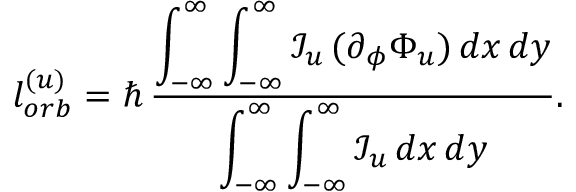
l _ { o r b } ^ { ( u ) } = \hbar \, \frac { \displaystyle \int _ { - \infty } ^ { \infty } \int _ { - \infty } ^ { \infty } \mathcal { I } _ { u } \, ( \partial _ { \phi } \Phi _ { u } ) \, d x \, d y } { \displaystyle \int _ { - \infty } ^ { \infty } \int _ { - \infty } ^ { \infty } \mathcal { I } _ { u } \, d x \, d y } .